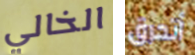
الخالي أتحرق